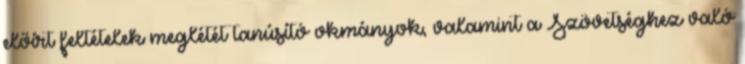
előírt feltételek meglétét tanúsító okmányok, valamint a Szövetséghez való